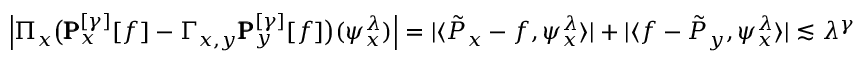
\left| \Pi _ { x } \big ( \pmb { \operatorname { { P } } } _ { x } ^ { [ \gamma ] } [ f ] - \Gamma _ { x , y } \pmb { \operatorname { { P } } } _ { y } ^ { [ \gamma ] } [ f ] \big ) ( \psi _ { x } ^ { \lambda } ) \right| = | \langle \tilde { P } _ { x } - f , \psi _ { x } ^ { \lambda } \rangle | + | \langle f - \tilde { P } _ { y } , \psi _ { x } ^ { \lambda } \rangle | \lesssim \lambda ^ { \gamma } \